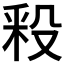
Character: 𣪖